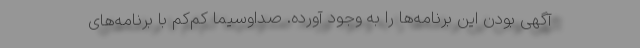
آگهی بودن این برنامه‌ها را به وجود آورده. صداوسیما کم‌کم با برنامه‌های